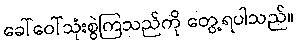
ခေါ်ဝေါ်သုံးစွဲကြသည်ကို တွေ့ရပါသည်။